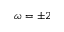
\omega = \pm 2